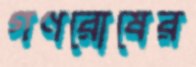
গণরোষের